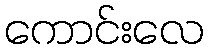
ကောင်းလေ